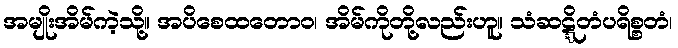
အမျိုးအိမ်ကဲ့သို့။ အပိစေထတောဝ၊ အိမ်ကိုတို့လည်းဟူ။ သံဆဋ္ဋိတံပရိစ္စတံ၊